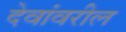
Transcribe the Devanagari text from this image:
देवांवरील